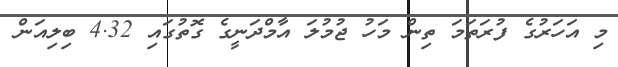
މި އަހަރުގެ ފުރަތަމަ ތިން މަހު ޖުމުލަ އާމްދަނީގެ ގޮތުގައި 4.32 ބިލިއަން